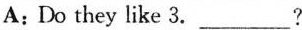
A: Do they like 3. ___?